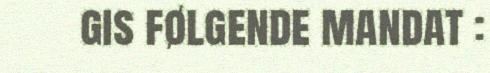
gis følgende mandat :